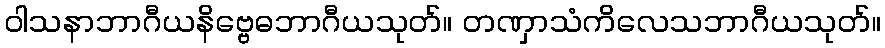
ဝါသနာဘာဂီယနိဗ္ဗေဓဘာဂီယသုတ်။ တဏှာသံကိလေသဘာဂီယသုတ်။